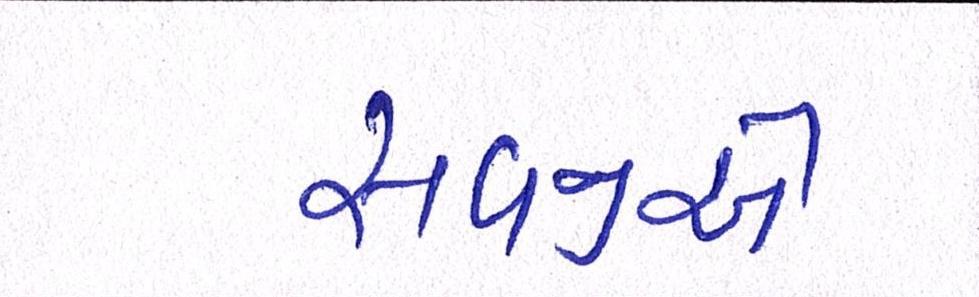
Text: સવજીએ